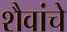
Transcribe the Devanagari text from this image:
शैवांचे